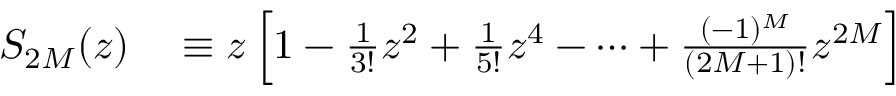
\begin{array} { r l } { S _ { 2 M } ( z ) } & { { } \equiv z \left[ 1 - \frac { 1 } { 3 ! } z ^ { 2 } + \frac { 1 } { 5 ! } z ^ { 4 } - \cdots + \frac { ( - 1 ) ^ { M } } { ( 2 M + 1 ) ! } z ^ { 2 M } \right] } \end{array}